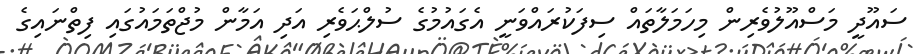
ސައޫދީ މަސްއޫލުވެރިން މިހަމަލާތައް ސިފަކުރައްވަނީ އެގައުމުގެ ސުލްޙަވެރި އަދި އަމާން މުޖްތަމައުގައި ފިތްނައިގެ